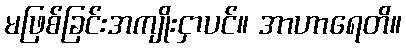
မဖြစ်ခြင်းအကျိုးငှာပင်။ အာဟာရေတိ။